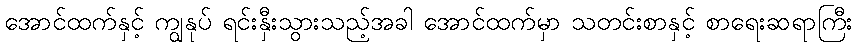
အောင်ထက်နှင့် ကျွနုပ် ရင်းနှီးသွားသည့်အခါ အောင်ထက်မှာ သတင်းစာနှင့် စာရေးဆရာကြီး